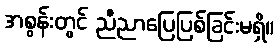
အစွန်းတွင် ညီညာပြေပြစ်ခြင်းမရှိ။